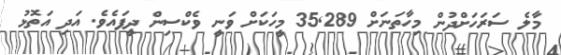
މާލެ ސަރަހަށްދުން މިހާތަނަށް 35